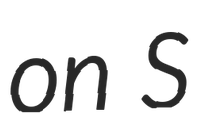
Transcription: on S